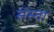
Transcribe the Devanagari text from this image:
संस्ता